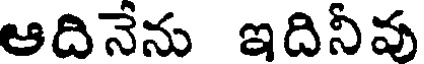
ఆదినేను ఇదినీవు